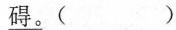
\underline{碍}。( )